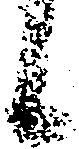
候